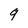
Character: 9